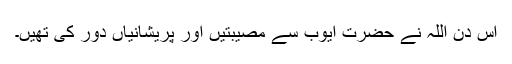
اس دن اللہ نے حضرت ایوبؑ سے مصیبتیں اور پریشانیاں دور کی تھیں۔